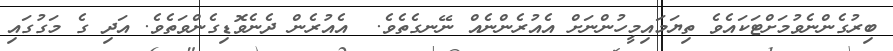
ބިރުގެންނެވުމަށްޓަކައެވެ ތިޔަމައިމީހުންނަށް އެއުރެންނެއް ނޭނގެތެވެ.  އެއުރެން ދެނެވޮޑިގެންވަތެވެ. އަދި ގެ މަގުގައި